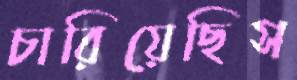
চারিয়েছিস